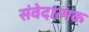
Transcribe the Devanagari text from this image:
संवेदात्मक